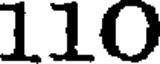
110